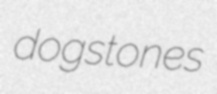
dogstones